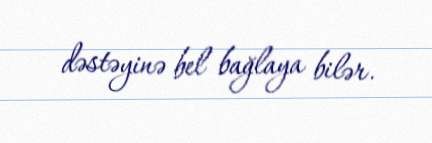
dəstəyinə bel bağlaya bilər.